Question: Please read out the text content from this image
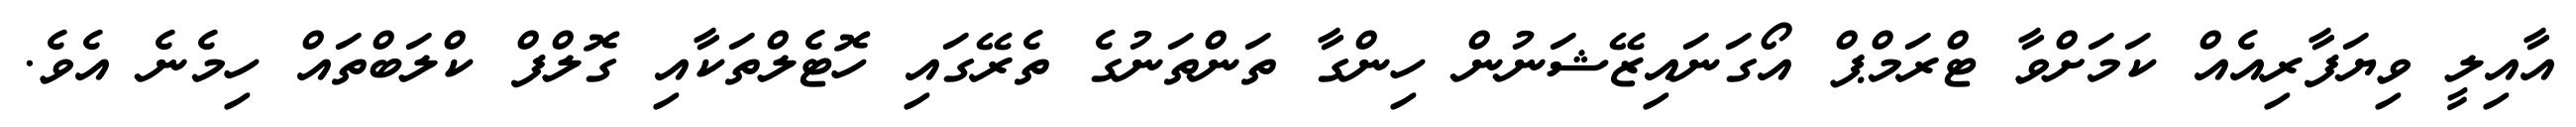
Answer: އާއިލީ ވިޔަފާރިއެއް ކަމަށްވާ ޓްރަމްޕް އޯގަނައިޒޭޝަނުން ހިންގާ ތަންތަނުގެ ތެރޭގައި ހޮޓެލްތަކާއި ގޮލްފް ކްލަބްތައް ހިމެނެ އެވެ.